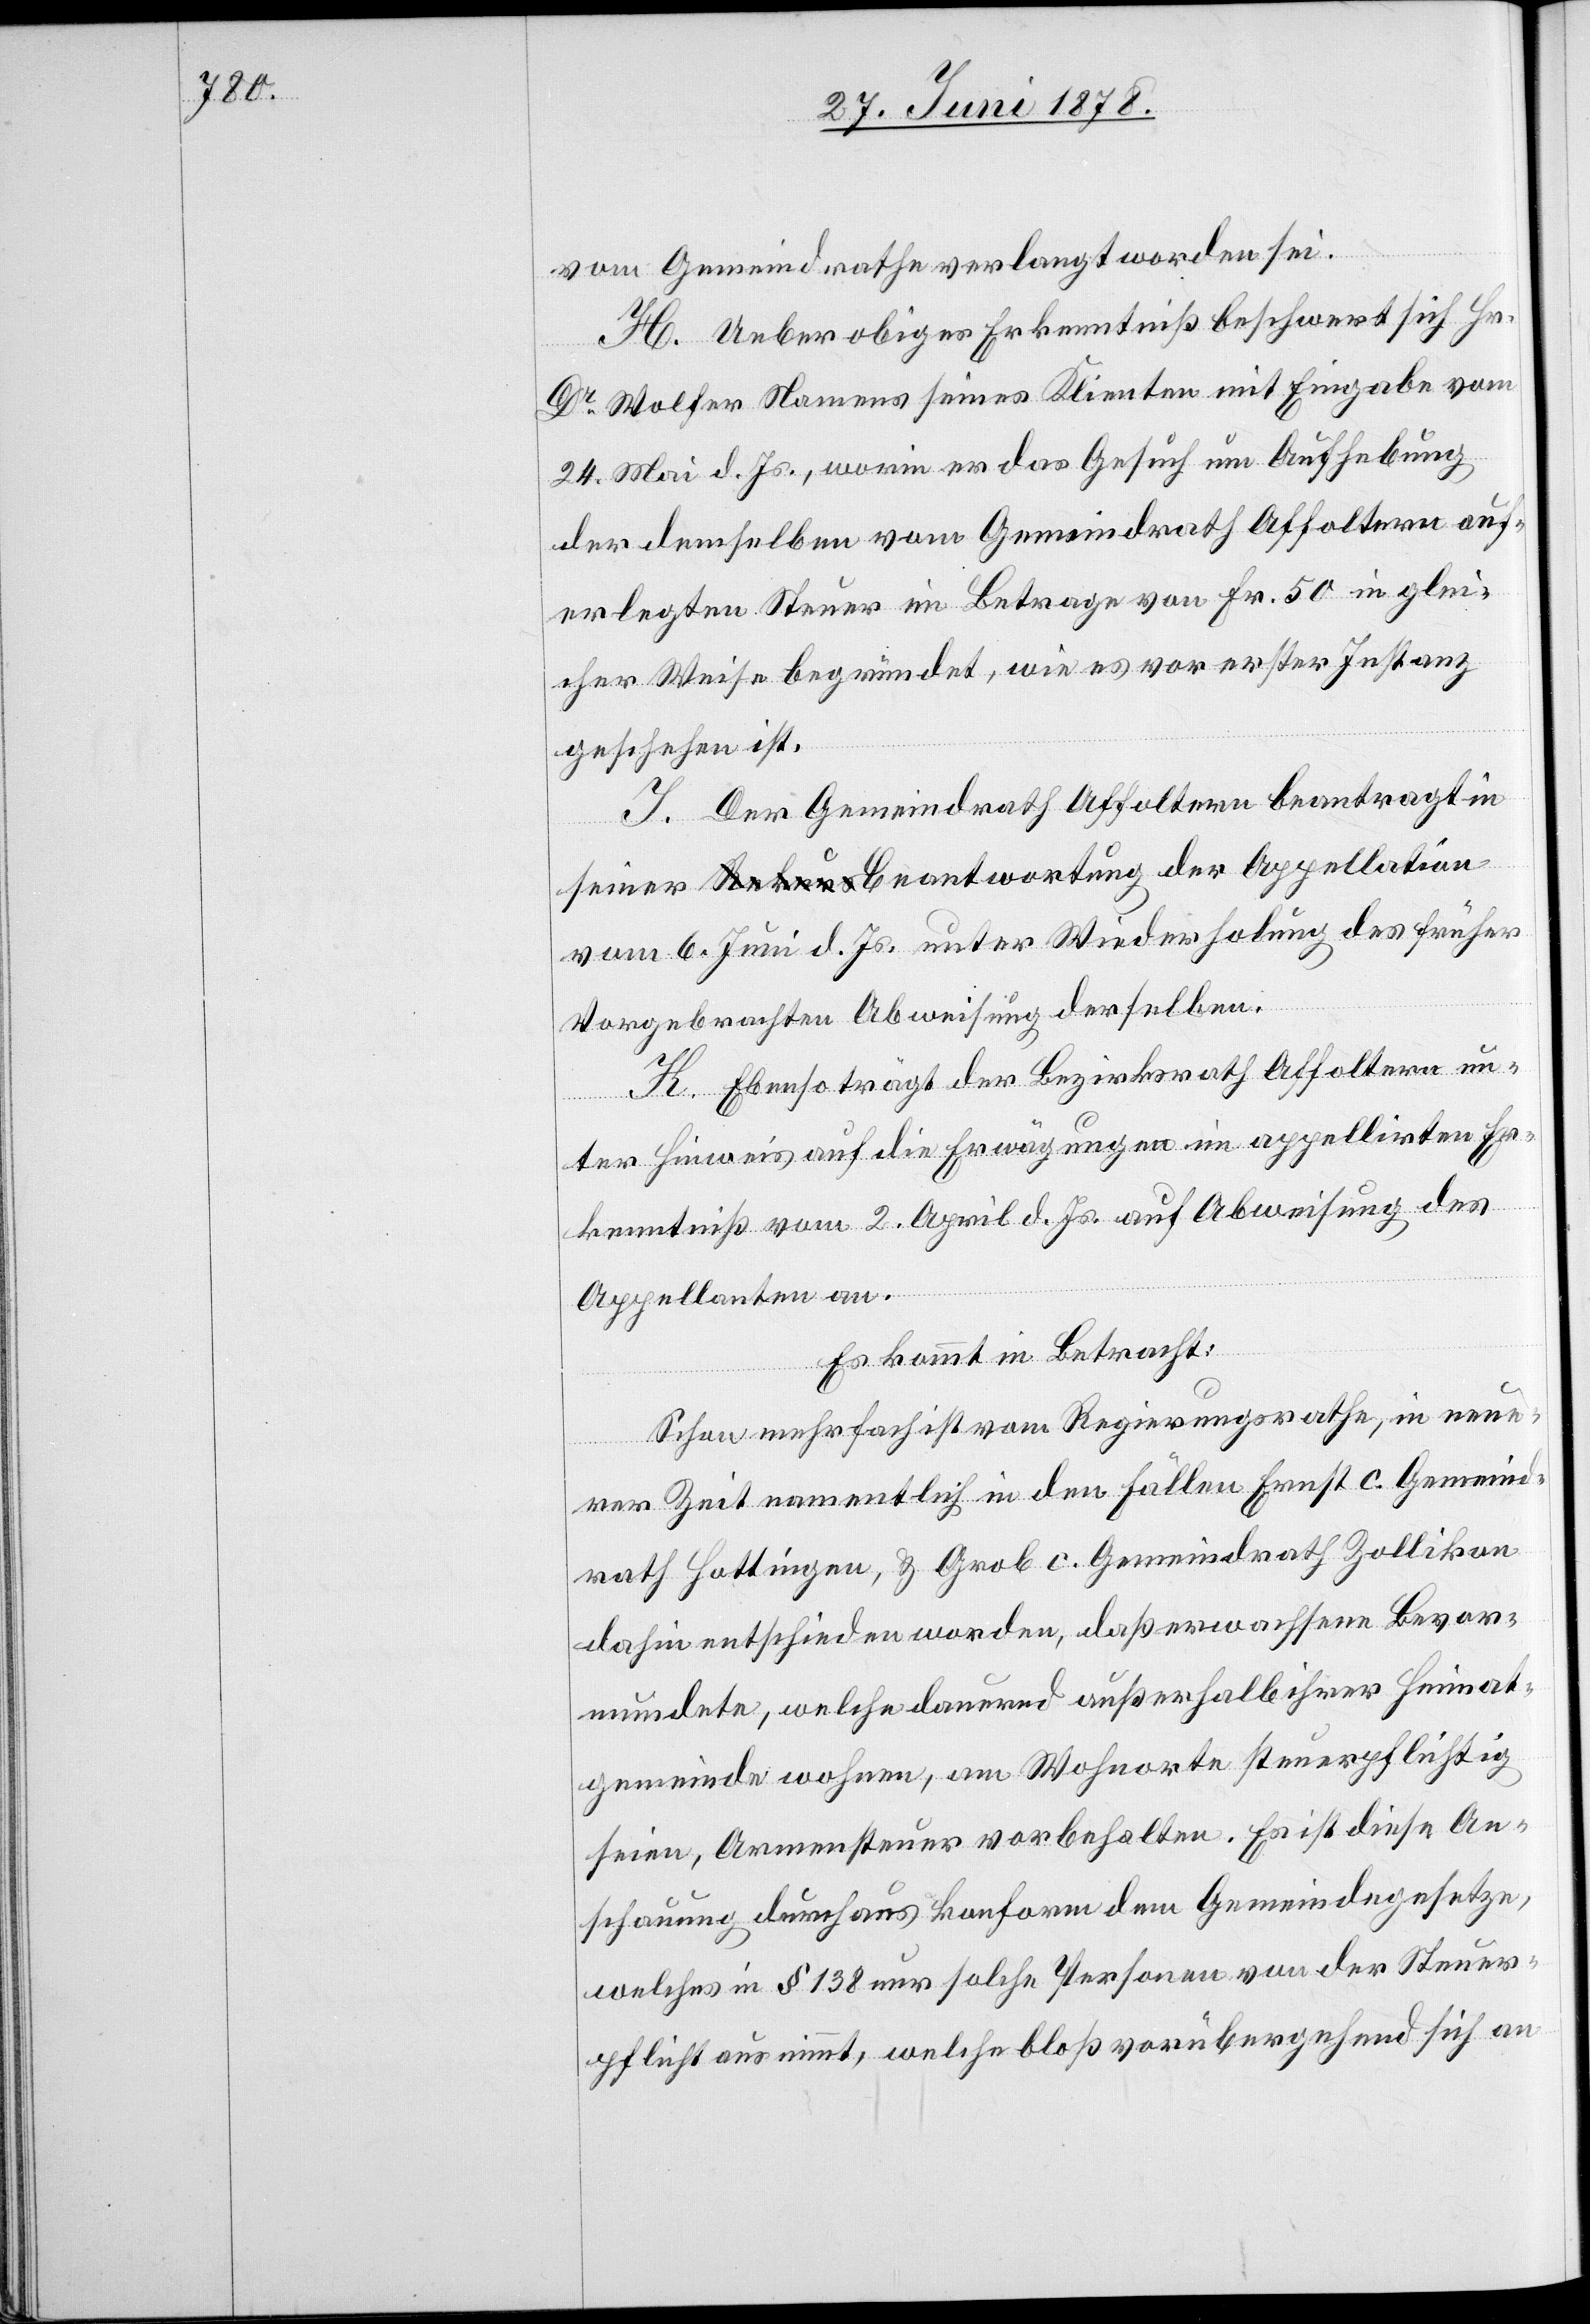
vom Gemeindrathe verlangt worden sei.
H. Ueber obiges Erkenntniß beschwert sich Hr.
Dr Wolfer Namens seiner Klienten mit Eingabe vom
24. Mai d. Js., worin er das Gesuch um Aufhebung
der demselben vom Gemeindrath Affoltern auf¬
erlegten Steuer im Betrage von Fr. 50 in glei¬
cher Weise begründet, wie es vor erster Instanz
geschehen ist.
I. Der Gemeindrath Affoltern beantragt in
seiner Beantwortung der Appellation
vom 6. Juni d. Js. unter Wiederholung des früher
Vorgebrachten Abweisung derselben.
K. Ebenso trägt der Bezirksrath Affoltern un¬
ter Hinweis auf die Erwägungen im appellirten Er¬
kenntniß vom 2. April d. Js. auf Abweisung des
Appellanten an.
Es kommt in Betracht:
Schon mehrfach ist vom Regierungsrathe, in neue¬
rer Zeit namentlich in den Fällen Ernst c. Gemeind¬
rath Hottingen, & Grob c. Gemeindrath Zollikon
dahin entschieden worden, daß erwachsene Bevor¬
mundete, welche dauernd außerhalb ihrer Heimat¬
gemeinde wohnen, am Wohnorte steuerpflichtig
seien, Armensteuer vorbehalten. Es ist diese An¬
schauung durchaus konform dem Gemeindegesetze,
welches in § 138 nur solche Personen von der Steuer¬
pflicht ausnimmt, welche bloß vorübergehend sich an